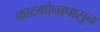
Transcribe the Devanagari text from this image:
काटकोनापासून